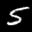
Label: 5